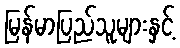
မြန်မာပြည်သူများနှင့်